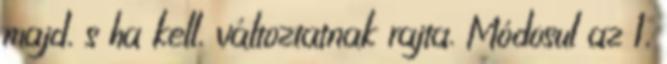
majd, s ha kell, változtatnak rajta. Módosul az 1,